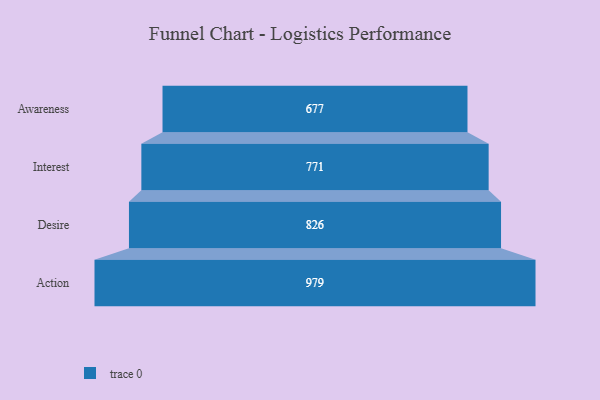
{"axis": {"x": "Stage", "y": "Value"}, "legend": [""], "data": [{"x": "Awareness", "y": 677.0, "type": ""}, {"x": "Interest", "y": 771.0, "type": ""}, {"x": "Desire", "y": 826.0, "type": ""}, {"x": "Action", "y": 979.0, "type": ""}]}